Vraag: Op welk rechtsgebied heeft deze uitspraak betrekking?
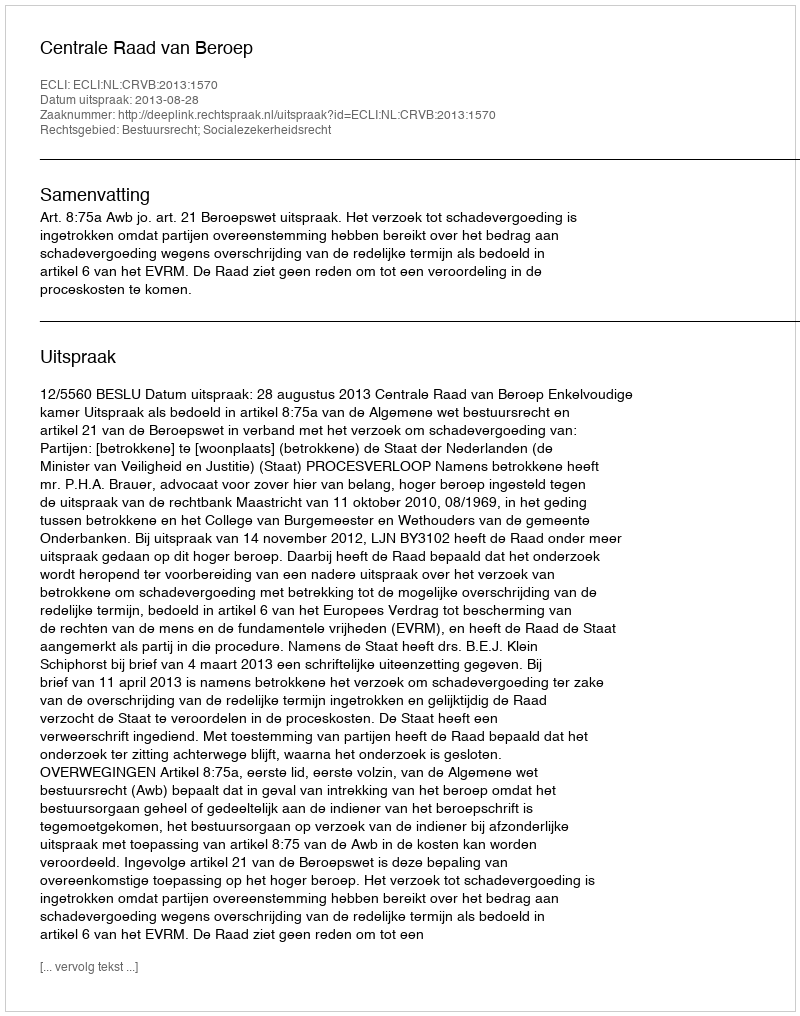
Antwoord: Bestuursrecht; Socialezekerheidsrecht